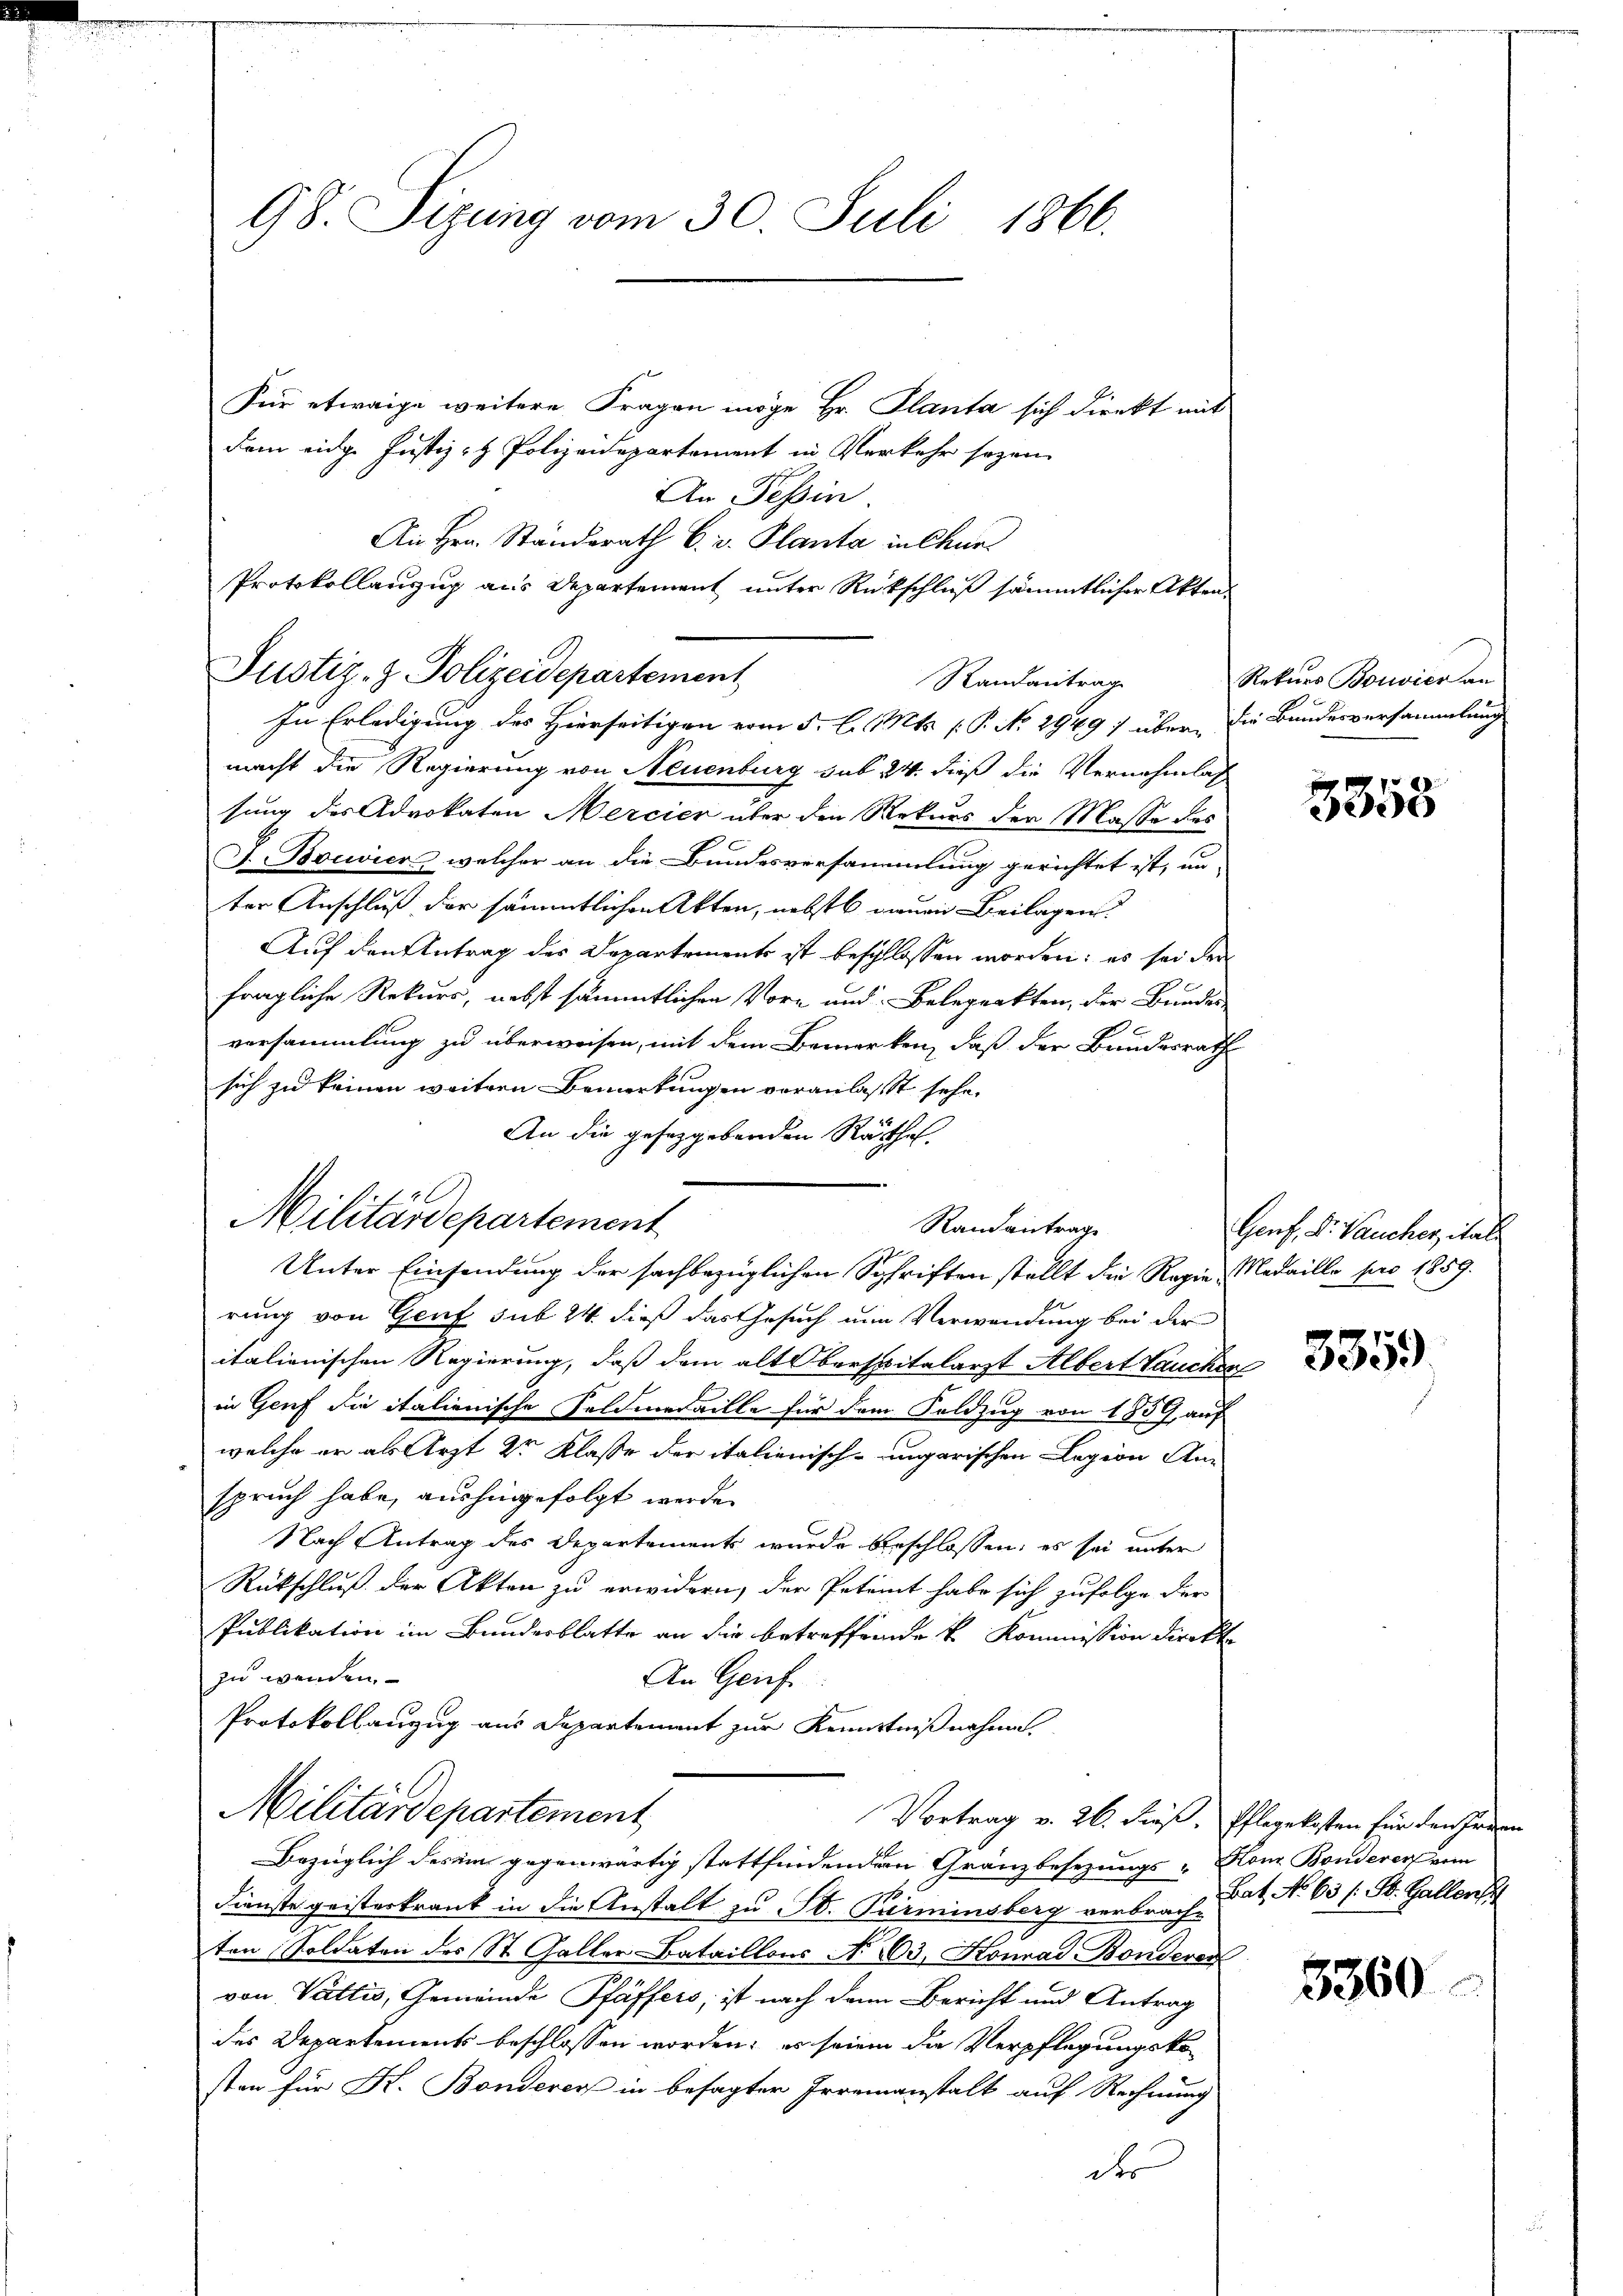
98. Sigung vom 30. Juli 1866.

Justiz- & Polizeidepartement
Randantrag
In Erledigung des Hierseitigen vom 5. l. Mts. (: P. No 2949; über die Bundesversammlung

Für etwaige weitere Fragen möge Hr. Planta sich direkt mit
dem eidge Justiz- & Polizeidepartement in Verkehr sogen
An Tessin.
An Hrn. Standsrath C. v. Planta in Chur
Protokollanzug aus Departement unter Rückschluß sämmtlicher Akten.

Militärdepartement
Randantrage
Unter Einsendung der sachbezüglichen Schriften stellt die Regie-Medaille pro 1859.

macht die Regierung von Neuenburg sub 24. dieß die Vernehmlassung des Advokaten Mercier über den Rekurs der Masse des
J. Bociers, welcher an die Bundesversammlung gerichtet ist, un-
ter Anschluß der sämmtlichen Akten, nebst neuen Beilagen.
Auf den Antrag des Departement ist beschlossen worden; es sei der
fragliche Rekurs, nebst sämmtlichen Vore und Belegeakten, der Bundes-
versammlung zu überweisen, mit dem Bemerken, daß der Bundesrath
sich zu keinen weitern Bemerkungen veranlasst sehe.
An die gesetzgebenden Räthe.
rung von Genf sub 24. dieß das Gesuch nun Verwendung bei der
italienischen Regierung, daß dem alt Oberspitalarzt Albert Lauchen
in Genf die italienische Feldmedaille für dem Foldzug von 1839, auf
welche er als Arzt 2r Klasse der italienisch-ungarischen Legion Anspruch habe, aushingefolgt werde.
Nach Antrag des Departements wurde beschlossen, es sei unter
Rückschluß der Akten zu erwidern, der Petent habe sich zufolge der
Publikation im Bundesblatte an die betreffende k. Kommission direkt
zu wenden.
An Geif
Protokollanzug aus Departement zur Kenntnißnahme
Militärdepartement
Vortrag v. 26. dieß, Pflegekosten für den Fran
Bezüglich des im gegenwärtig stattfindendern Gränzbesezungs- Honz Bonderen vom
Dienste geisterkrank in die Anstalt zu St. Perminsberg verbrach dat No 63 (: St. Gallens
ten Soldaten des St. Galler-Bataillons No 23. Konrad Bonderer
von Vattis, Gemeinde Pfäffers, ist nach dann Bericht und Antrag
des Departements beschlossen worden; es seien die Verpflegungskosten für Kt. Bonderer in besagter Irrenanstalt auf Rechnung
der

Rekurs Bouvier an

3353

Genf, Dr. Baucher, ital

3359

5360